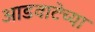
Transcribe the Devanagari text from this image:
आडवाटेच्या